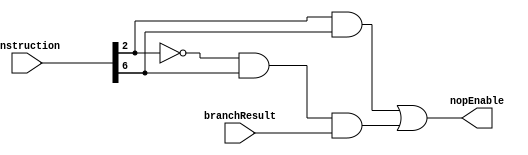
//Universidad Galileo
//Rodrigo Cordero
//Kevin Hernandez
//Terminado

module nopControll(instruction, branchResult, nopEnable);
  input [31:0] instruction;
  input branchResult;
  output nopEnable;
  
  wire n2, n6, aux1, aux2;
  //n2 = bit 2 negado
  
  not(n2, instruction[2]);
  not(n6, instruction[6]);
  
  and(aux1, instruction[2], instruction[6]);
  and(aux2, n2, instruction[6], branchResult);
  or(nopEnable, aux1, aux2);
endmodule